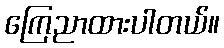
ကြေညာထားပါတယ်။